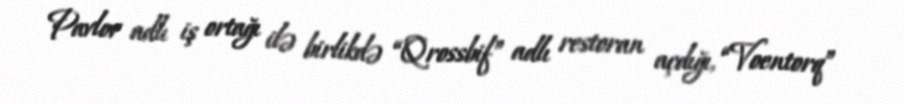
Pavlov adlı iş ortağı ilə birlikdə “Qrossbif” adlı restoran açdığı, “Voentorq”